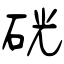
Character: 硄